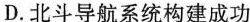
D.北斗导航系统构建成功